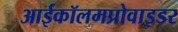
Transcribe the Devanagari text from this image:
आईकॉलमप्रोवाइडर